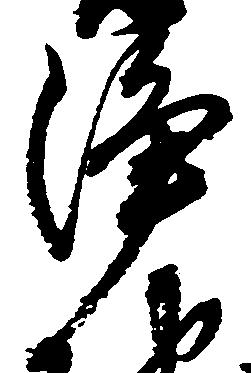
浄